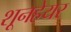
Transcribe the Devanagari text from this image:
शूनहेयर